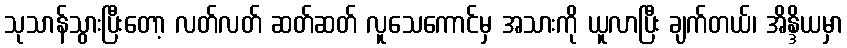
သုသာန်သွားပြီးတော့ လတ်လတ် ဆတ်ဆတ် လူသေကောင်မှ အသားကို ယူလာပြီး ချက်တယ်၊ အိန္ဒိယမှာ